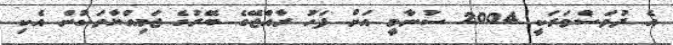
އެ ދުވަސްވަރަކީ 2004 ސުނާމީ އަށް ފަހު ރާއްޖޭގެ ބޭރުގެ ޖަމިއްޔާތަކުން އެކި